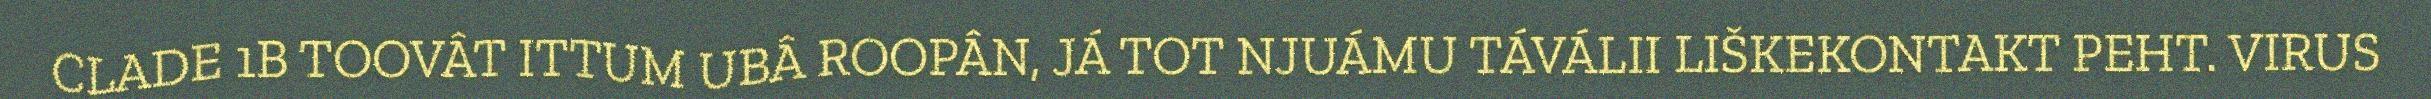
CLADE 1B TOOVÂT ITTUM UBÂ ROOPÂN, JÁ TOT NJUÁMU TÁVÁLII LIŠKEKONTAKT PEHT. VIRUS